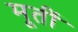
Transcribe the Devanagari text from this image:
मूतीं